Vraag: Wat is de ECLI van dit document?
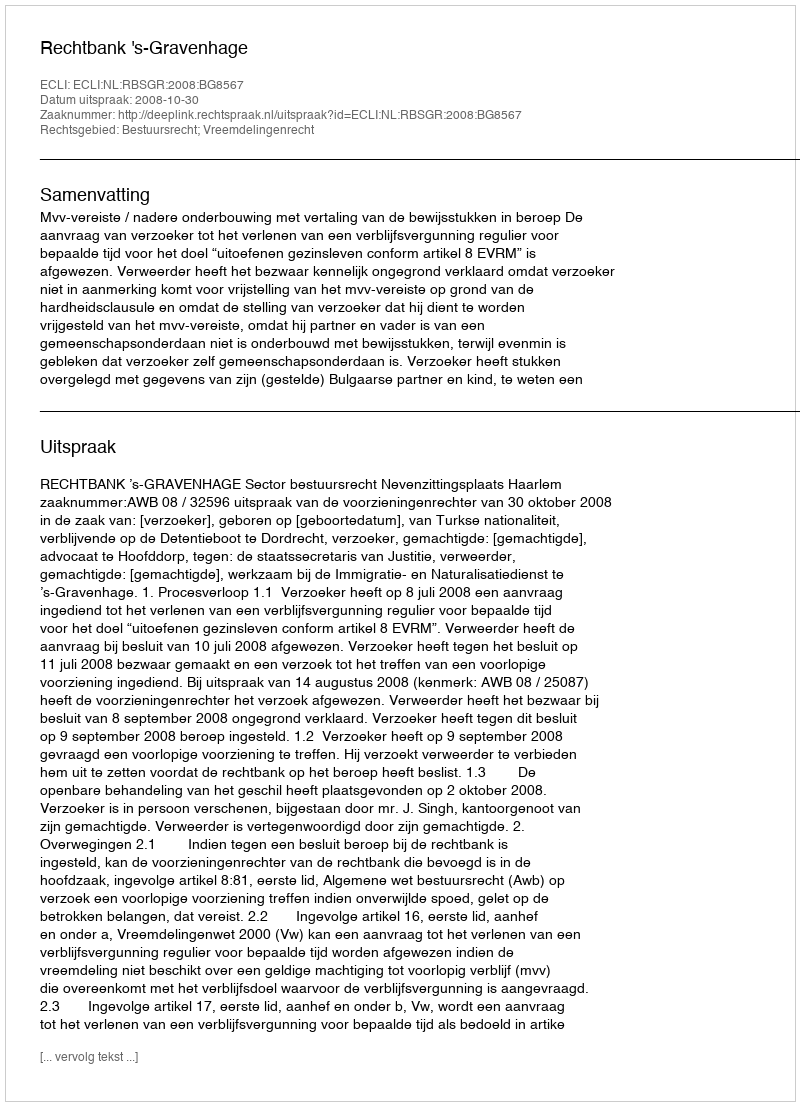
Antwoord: ECLI:NL:RBSGR:2008:BG8567